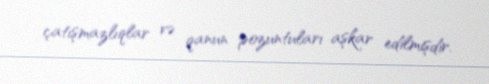
çatışmazlıqlar və qanun pozuntuları aşkar edilmişdir.